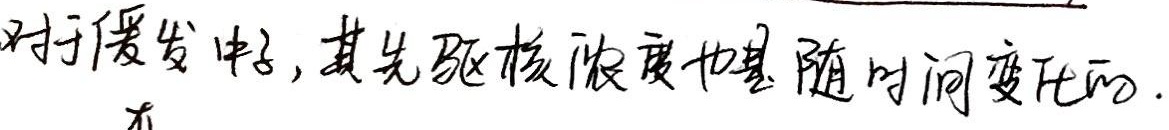
对于缓发中子，其先驱核浓度也是随时间变化的.